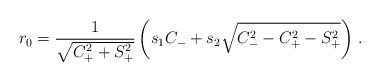
LaTeX: \begin{align*}r_0 = {1\over \sqrt{C_+^2 + S_+^2}} \left( s_1 C_- + s_2 \sqrt{C_-^2- C_+^2 - S_+^2}\right)\,.\end{align*}